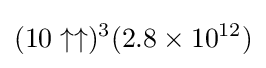
(10\uparrow \uparrow )^{3}(2.8\times 10^{12})